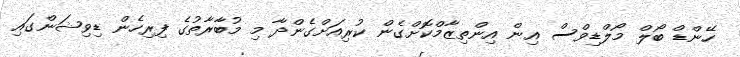
ހޭންޑް ބޯލް މޯލްޑިވްސް އިން އިންތިޒާމްކޮށްގެން ކުރިއަށްގެންދާ މި މުބާރާތުގެ ފިރިހެން ޑިވިޝަންގައި